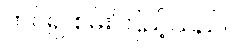
တင်၍ စမ်းကြည့်သည်။